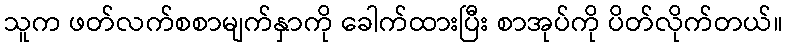
သူက ဖတ်လက်စစာမျက်နှာကို ခေါက်ထားပြီး စာအုပ်ကို ပိတ်လိုက်တယ်။